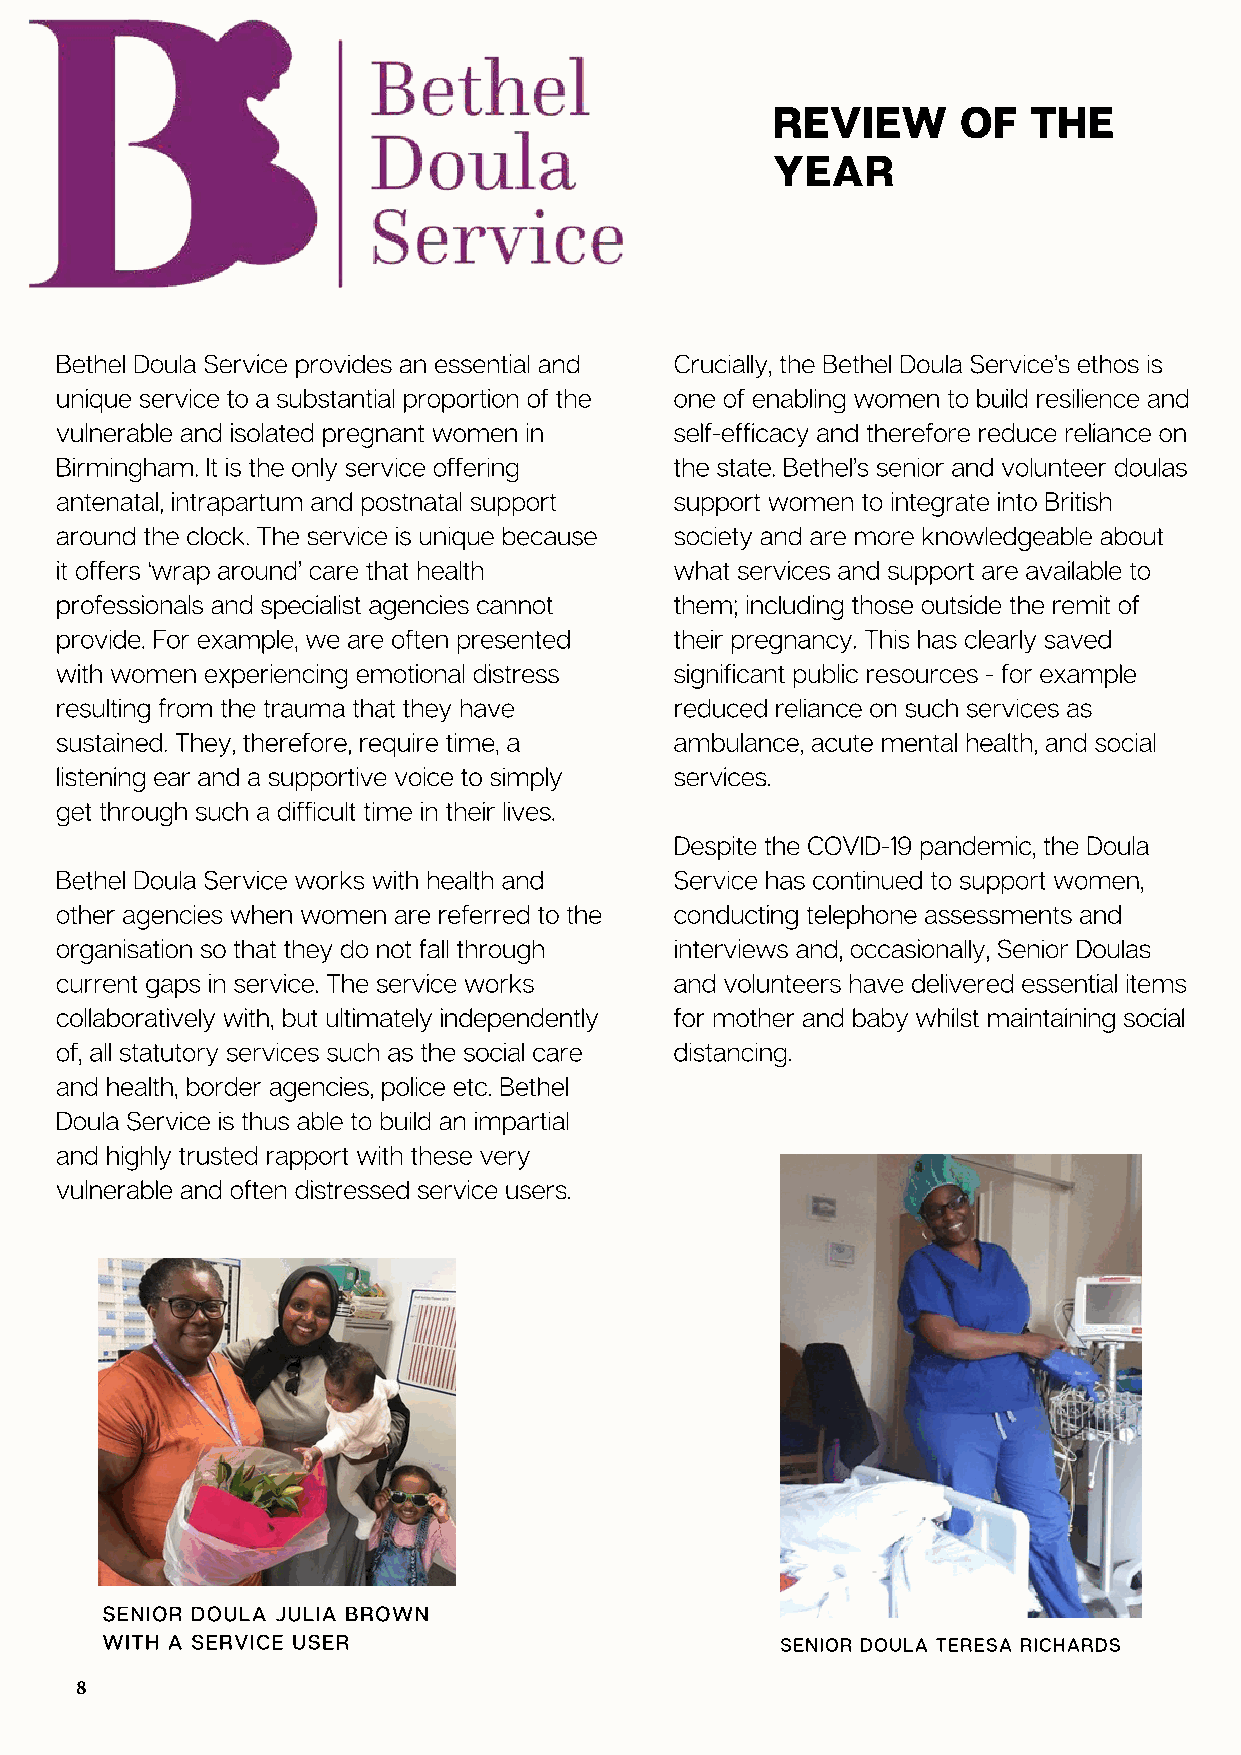
REVIEW       OF  THE
 YEAR
 Bethel Doula Service provides an essential and Crucially, the Bethel Doula Service’s ethos is
 unique service to a substantial proportion of the one of enabling women to build resilience and
 vulnerable and isolated pregnant women in self-efficacy and therefore reduce reliance on
 Birmingham. It is the only service offering the state. Bethel’s senior and volunteer doulas
 antenatal, intrapartum and postnatal support support women to integrate into British
 around the clock. The service is unique because society and are more knowledgeable about
 it offers ‘wrap around’ care that health what services and support are available to
 professionals and specialist agencies cannot them; including those outside the remit of
 provide. For example, we are often presented their pregnancy. This has clearly saved
 with women experiencing emotional distress significant public resources - for example
 resulting from the trauma that they have reduced reliance on such services as
 sustained. They, therefore, require time, a ambulance, acute mental health, and social
 listening ear and a supportive voice to simply services.
 get through such a difficult time in their lives.
 Despite the COVID-19 pandemic, the Doula
 Bethel Doula Service works with health and Service has continued to support women,
 other agencies when women are referred to the conducting telephone assessments and
 organisation so that they do not fall through interviews and, occasionally, Senior Doulas
 current gaps in service. The service works and volunteers have delivered essential items
 collaboratively with, but ultimately independently for mother and baby whilst maintaining social
 of, all statutory services such as the social care distancing.
 and health, border agencies, police etc. Bethel
 Doula Service is thus able to build an impartial
 and highly trusted rapport with these very
 vulnerable and often distressed service users.
 SENIOR DOULA JULIA BROWN
 WITH A SERVICE USER                          SENIOR DOULA TERESA RICHARDS
 8